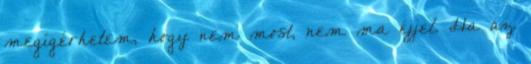
megígérhetem, hogy nem most, nem ma éjjel. Ha az